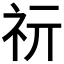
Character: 𥘕